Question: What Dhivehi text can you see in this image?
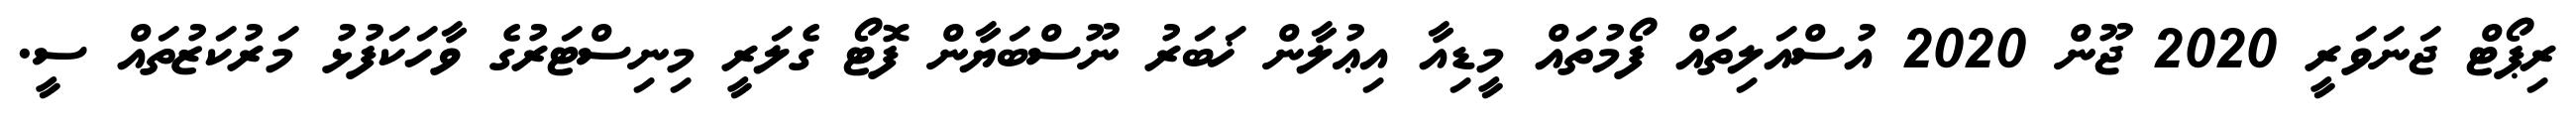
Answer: ރިޕޯޓް ޖަނަވަރީ 2020 ޖޫން 2020 އުސްއަލިތައް ފޯމުތައް މީޑިއާ އިޢުލާން ޚަބަރު ނޫސްބަޔާން ފޮޓޯ ގެލަރީ މިނިސްޓަރުގެ ވާހަކަފުޅު މަރުކަޒުތައް ސީ.